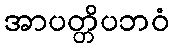
အာပတ္တိပဘဝံ